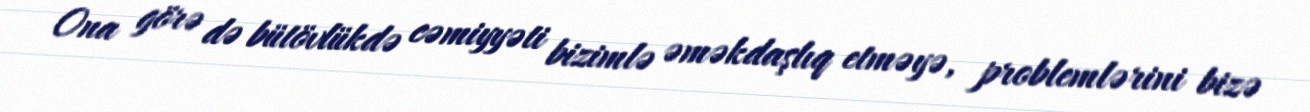
Ona görə də bütövlükdə cəmiyyəti bizimlə əməkdaşlıq etməyə, problemlərini bizə